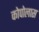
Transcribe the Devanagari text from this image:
कोपोलास